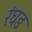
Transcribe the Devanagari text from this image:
रंघङ